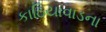
કાઠિયાવાડના